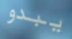
يبدو